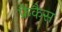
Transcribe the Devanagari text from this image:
फ्रैंकैस